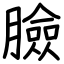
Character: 臉